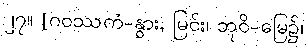
၂၇။ [ဂဝဿကံ-နွား, မြင်း၊ ဘုဝိ-မြေ၌၊